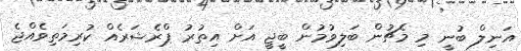
އަނިލް ބުނީ މި މެޗުން ބަލިވުމުން ބީޖީ އަށް އިތުރު ޕްރެޝަރެއް ކުރިމަތިވެއްޖެ